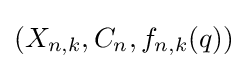
(X_{n,k},C_{n},f_{n,k}(q))